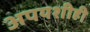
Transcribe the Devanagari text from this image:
अपयशीही